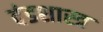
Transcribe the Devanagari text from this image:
दंडशास्त्र